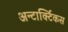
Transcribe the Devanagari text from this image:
अन्टार्क्टिकस